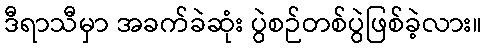
ဒီရာသီမှာ အခက်ခဲဆုံး ပွဲစဉ်တစ်ပွဲဖြစ်ခဲ့လား။